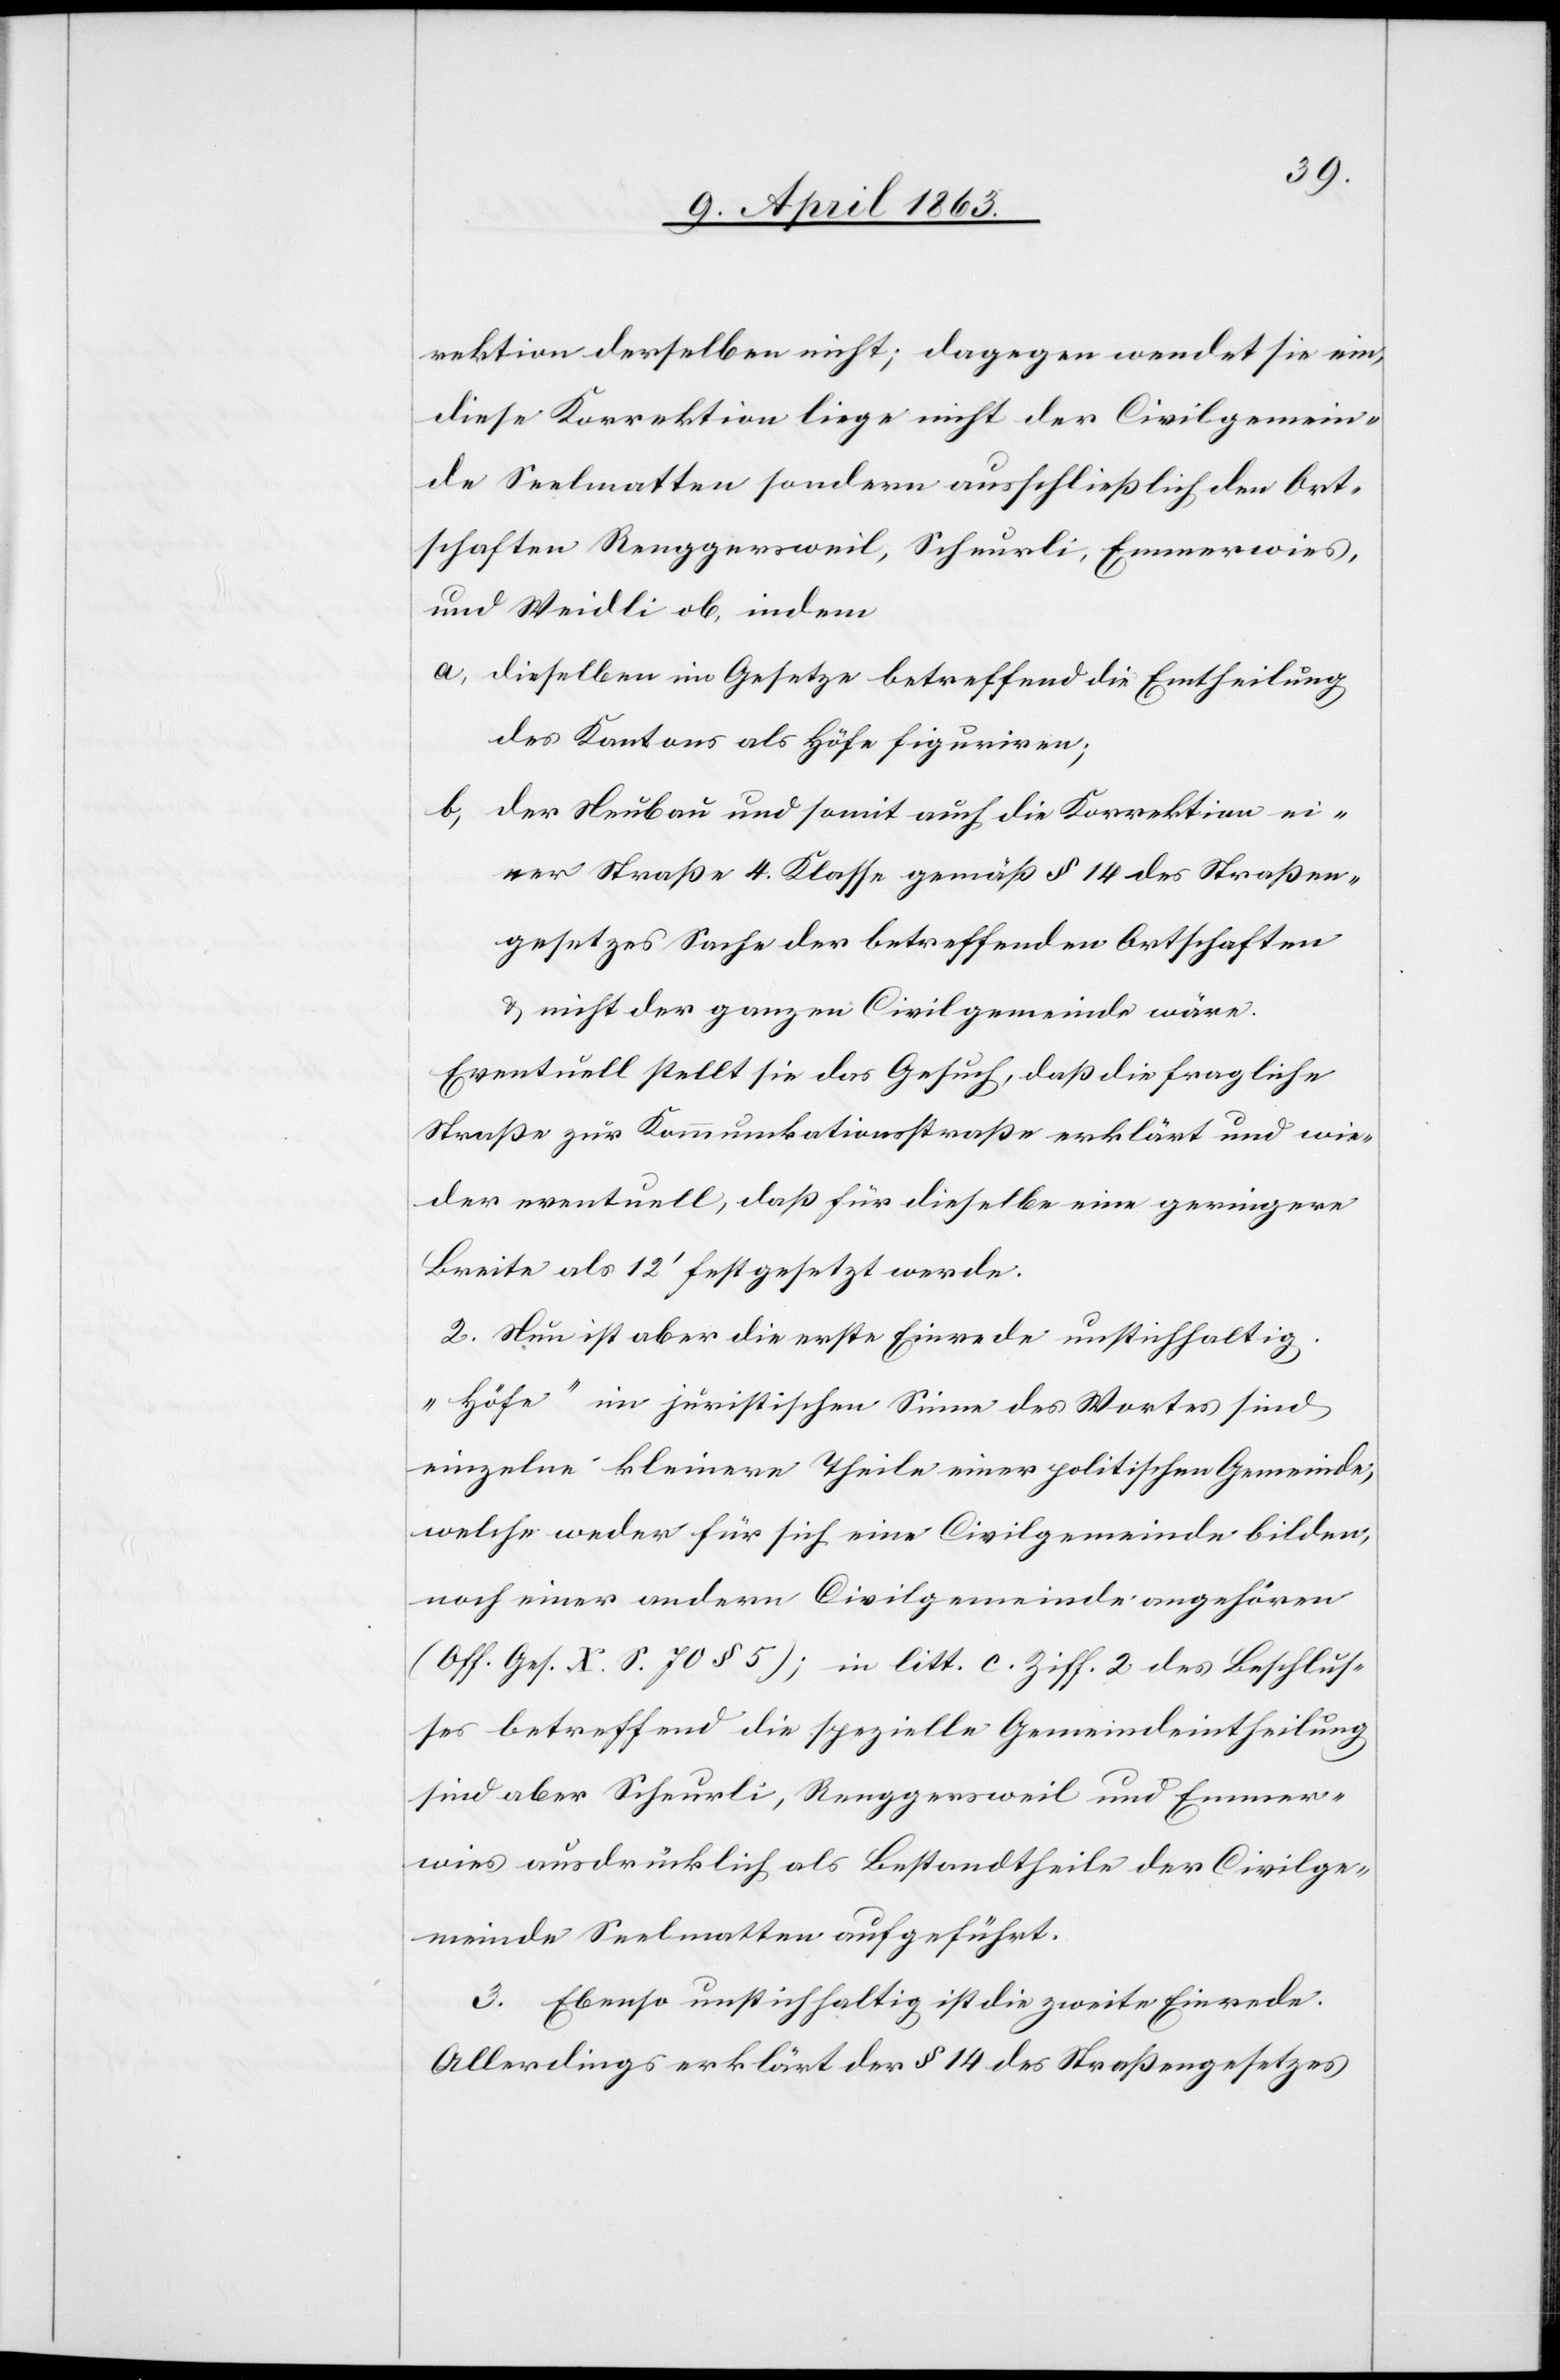
rektion derselben nicht; dagegen wendet sie ein,
diese Korrektion liege nicht der Civilgemein¬
de Seelmatten sondern ausschließlich den Ort¬
schaften Renggersweil, Scheurli, Emmerwies,
und Weidli ob, indem
a) dieselben im Gesetze betreffend die Eintheilung
des Kantons als Höfe figuriren;
b) der Neubau und somit auch die Korrektion ei¬
ner Straße 4. Klasse gemäß § 14 des Straßen¬
gesetzes Sache der betreffenden Ortschaften
& nicht der ganzen Civilgemeinde wäre.
Eventuell stellt sie das Gesuch, daß die fragliche
Straße zur Kommunikationsstraße erklärt und wie¬
der eventuell, daß für dieselbe eine geringere
Breite als 12' festgesetzt werde.
2. Nun ist aber die erste Einrede unstichhaltig.
„Höfe“ im juristischen Sinne des Wortes sind
einzelne kleinere Theile einer politischen Gemeinde;
welche weder für sich eine Civilgemeinde bilden,
noch einer andern Civilgemeinde angehören
(Off. Ges. X. S. 70 § 5); in litt. c. Ziff. 2 des Beschlus¬
ses betreffend die spezielle Gemeindeintheilung
sind aber Scheurli, Renggersweil und Emmer¬
wies ausdrücklich als Bestandtheile der Civilge¬
meinde Seelmatten aufgeführt.
3. Ebenso unstichhaltig ist die zweite Einrede.
Allerdings erklärt der § 14 des Straßengesetzes